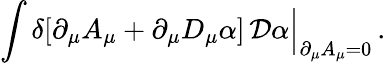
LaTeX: \int\delta[\partial_{\mu}A_{\mu}+\partial_{\mu}D_{\mu}\alpha]\, {\cal D}\alpha\Big|_{\partial_{\mu}A_{\mu}=0}\, .